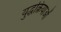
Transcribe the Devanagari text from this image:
युद्धक्रियाओं